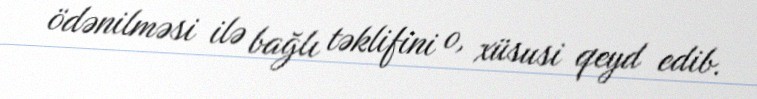
ödənilməsi ilə bağlı təklifini o, xüsusi qeyd edib.